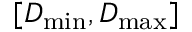
[ D _ { \mathrm { m i n } } , D _ { \mathrm { m a x } } ]